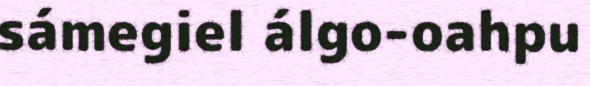
sámegiel álgo-oahpu